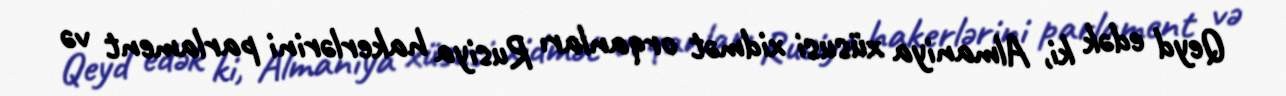
Qeyd edək ki, Almaniya xüsusi xidmət orqanları Rusiya hakerlərini parlament və